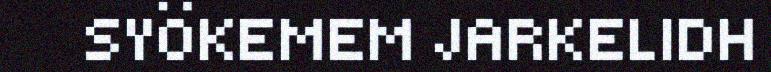
SYÖKEMEM JARKELIDH